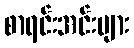
စာရင်းအင်းများ